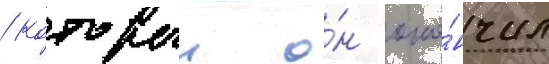
/ которыи о́н око́нчил